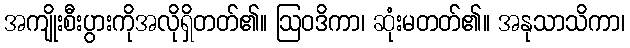
အကျိုးစီးပွားကိုအလိုရှိတတ်၏။ ဩဝဒိကာ၊ ဆုံးမတတ်၏။ အနုသာသိကာ၊